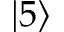
| 5 \rangle